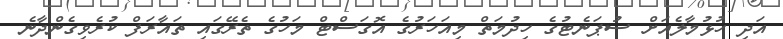
އަދި ހުޅުމާލެއަށް ސުޕަނެޓުގެ ހިދުމަތް މިއަހަރުގެ އޮގަސްޓް މަހުގެ ތެރޭގައި ތައާރަފް ކުރެވިގެންދާނެ